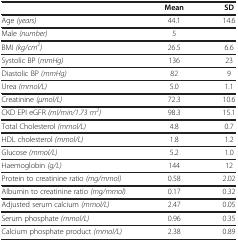
<table><thead><tr><td><b> </b></td><td><b>Mean</b></td><td><b>SD</b></td></tr></thead><tbody><tr><td>Age <i>(years)</i></td><td>44.1</td><td>14.6</td></tr><tr><td>Male <i>(number)</i></td><td>5</td><td> </td></tr><tr><td>BMI <i>(kg/cm</i><sup><i>2</i></sup><i>)</i></td><td>26.5</td><td>6.6</td></tr><tr><td>Systolic BP (<i>mmHg)</i></td><td>136</td><td>23</td></tr><tr><td>Diastolic BP <i>(mmHg)</i></td><td>82</td><td>9</td></tr><tr><td>Urea <i>(mmol/L)</i></td><td>5.0</td><td>1.1</td></tr><tr><td>Creatinine <i>(μmol/L)</i></td><td>72.3</td><td>10.6</td></tr><tr><td>CKD EPI eGFR <i>(ml/min/1.73 m</i><sup><i>2</i></sup><i>)</i></td><td>98.3</td><td>15.1</td></tr><tr><td>Total Cholesterol <i>(mmol/L)</i></td><td>4.8</td><td>0.7</td></tr><tr><td>HDL cholesterol <i>(mmol/L)</i></td><td>1.8</td><td>1.2</td></tr><tr><td>Glucose <i>(mmol/L)</i></td><td>5.2</td><td>1.0</td></tr><tr><td>Haemoglobin <i>(g/L)</i></td><td>144</td><td>12</td></tr><tr><td>Protein to creatinine ratio <i>(mg/mmol)</i></td><td>0.58</td><td>2.02</td></tr><tr><td>Albumin to creatinine ratio <i>(mg/mmol)</i></td><td>0.17</td><td>0.32</td></tr><tr><td>Adjusted serum calcium <i>(mmol/L)</i></td><td>2.47</td><td>0.05</td></tr><tr><td>Serum phosphate <i>(mmol/L)</i></td><td>0.96</td><td>0.35</td></tr><tr><td>Calcium phosphate product <i>(mmol/L)</i></td><td>2.38</td><td>0.89</td></tr></tbody></table>